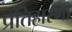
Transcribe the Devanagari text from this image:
प्रतिहारणी